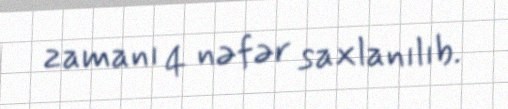
zamanı 4 nəfər saxlanılıb.